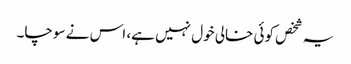
یہ شخص کوئی خالی خول نہیں ہے، اس نے سوچا۔